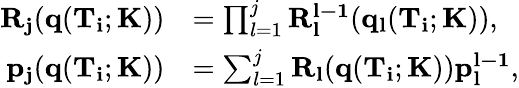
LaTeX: \begin{array}{rl}{\mathbf{R_{j}}(\mathbf{q}(\mathbf{T_{i}};\mathbf{K}))}&{=\prod_{l=1}^{j}\mathbf{R_{l}^{l-1}}(\mathbf{q_{l}}(\mathbf{T_{i}};\mathbf{K})),}\\ {\mathbf{p_{j}}(\mathbf{q}(\mathbf{T_{i}};\mathbf{K}))}&{=\sum_{l=1}^{j}\mathbf{R_{l}}(\mathbf{q}(\mathbf{T_{i}};\mathbf{K}))\mathbf{p_{l}^{l-1}},}\end{array}